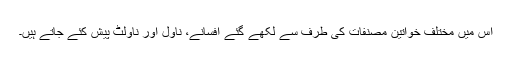
اس میں مختلف خواتین مصنفات کی طرف سے لکھے گئے افسانے، ناول اور ناولٹ پیش کئے جاتے ہیں۔